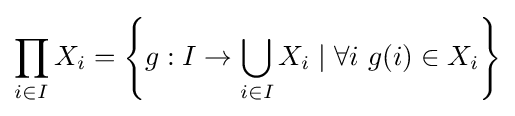
\prod _{i\in I}X_{i}=\left\{g:I\to \bigcup _{i\in I}X_{i}\mid \forall i\ g(i)\in X_{i}\right\}